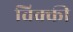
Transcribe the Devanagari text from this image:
विक्‍की